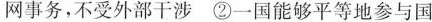
网事务，不受外部干涉 ②一国能够平等地参与国